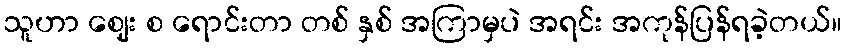
သူဟာ ဈေး စ ရောင်းတာ တစ် နှစ် အကြာမှပဲ အရင်း အကုန်ပြန်ရခဲ့တယ်။